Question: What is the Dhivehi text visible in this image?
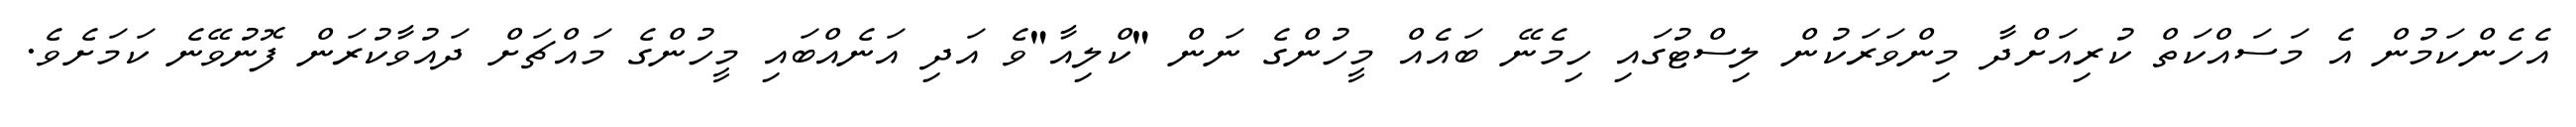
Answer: އެހެންކަމުން އެ މަސައްކަތް ކުރިއަށްދާ މިންވަރަކުން ލިސްޓުގައި ހިމެނޭ ބައެއް މީހުންގެ ނަން "ކްލިއާ"ވެ އަދި އަނެއްބައި މީހުންގެ މައްޗަށް ދައުވާކުރަން ފޮނުވޭނެ ކަމަށެވެ.